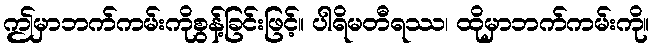
ဤမှာဘက်ကမ်းကိုစွန့်ခြင်းဖြင့်။ ပါရိမတီရဿ၊ ထိုမှာဘက်ကမ်းကို။